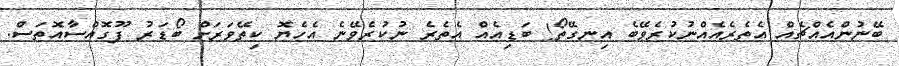
ބޭނުންއެއްޗެއް އެތެރެއެއްނުކުރެވޭބެ އިނގޭތޯ! ބަޑިއެއް އެތެރެ ނުކުރެވޭނެ އެހެޔޮ ކިތޭވަރަށް ބޯޑަރު ފޫގޮއްސާއޮތަސް.